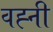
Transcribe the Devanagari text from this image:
वह्नी